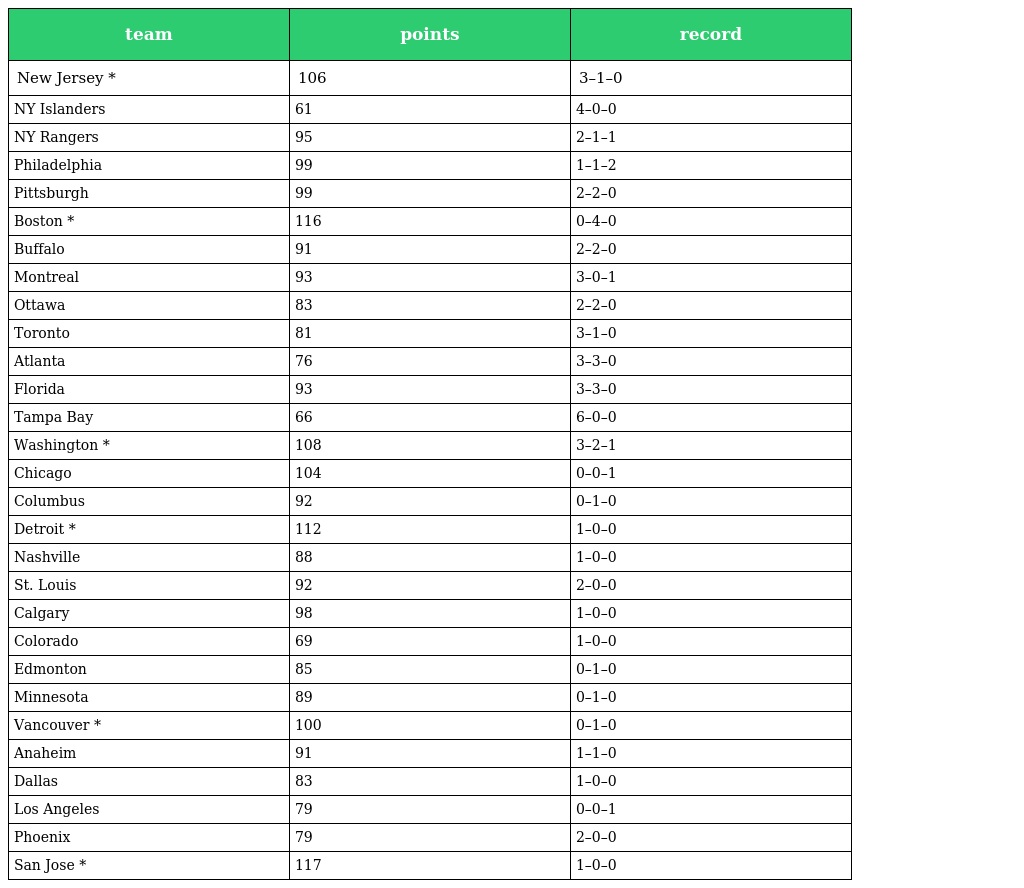
| team | points | record |
 | --- | --- | --- |
 | New Jersey * | 106 | 3–1–0 |
 | NY Islanders | 61 | 4–0–0 |
 | NY Rangers | 95 | 2–1–1 |
 | Philadelphia | 99 | 1–1–2 |
 | Pittsburgh | 99 | 2–2–0 |
 | Boston * | 116 | 0–4–0 |
 | Buffalo | 91 | 2–2–0 |
 | Montreal | 93 | 3–0–1 |
 | Ottawa | 83 | 2–2–0 |
 | Toronto | 81 | 3–1–0 |
 | Atlanta | 76 | 3–3–0 |
 | Florida | 93 | 3–3–0 |
 | Tampa Bay | 66 | 6–0–0 |
 | Washington * | 108 | 3–2–1 |
 | Chicago | 104 | 0–0–1 |
 | Columbus | 92 | 0–1–0 |
 | Detroit * | 112 | 1–0–0 |
 | Nashville | 88 | 1–0–0 |
 | St. Louis | 92 | 2–0–0 |
 | Calgary | 98 | 1–0–0 |
 | Colorado | 69 | 1–0–0 |
 | Edmonton | 85 | 0–1–0 |
 | Minnesota | 89 | 0–1–0 |
 | Vancouver * | 100 | 0–1–0 |
 | Anaheim | 91 | 1–1–0 |
 | Dallas | 83 | 1–0–0 |
 | Los Angeles | 79 | 0–0–1 |
 | Phoenix | 79 | 2–0–0 |
 | San Jose * | 117 | 1–0–0 |